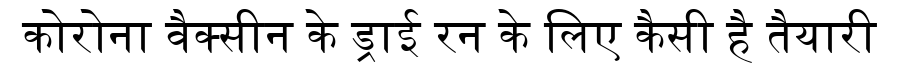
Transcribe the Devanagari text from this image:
कोरोना वैक्सीन के ड्राई रन के लिए कैसी है तैयारी